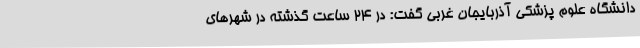
دانشگاه علوم پزشکی آذربایجان غربی گفت: در 24 ساعت گذشته در شهرهای